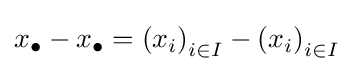
x_{\bullet }-x_{\bullet }=\left(x_{i}\right)_{i\in I}-\left(x_{i}\right)_{i\in I}